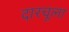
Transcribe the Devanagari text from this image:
दारचूला